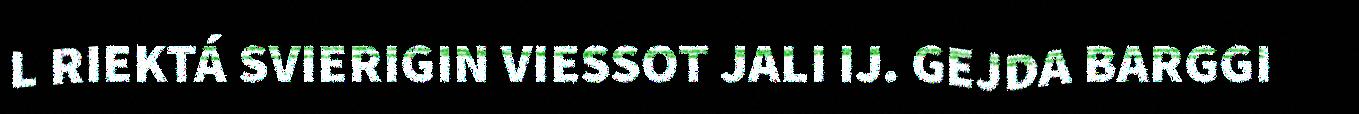
L RIEKTÁ SVIERIGIN VIESSOT JALI IJ. GEJDA BARGGI